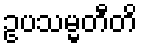
ဥပသမ္မတီတိ